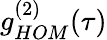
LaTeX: g_{HOM}^{(2)}(\tau)